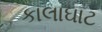
કાલાઘાટ